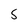
Character: S